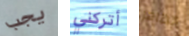
يجب أتركني اتظاهر